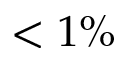
< 1 \%